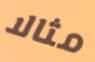
مثالا